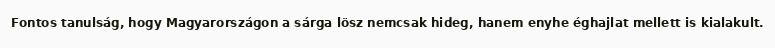
Fontos tanulság, hogy Magyarországon a sárga lösz nemcsak hideg, hanem enyhe éghajlat mellett is kialakult.